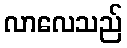
လာလေသည်